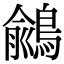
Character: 𪃎